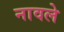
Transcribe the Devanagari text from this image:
नावले